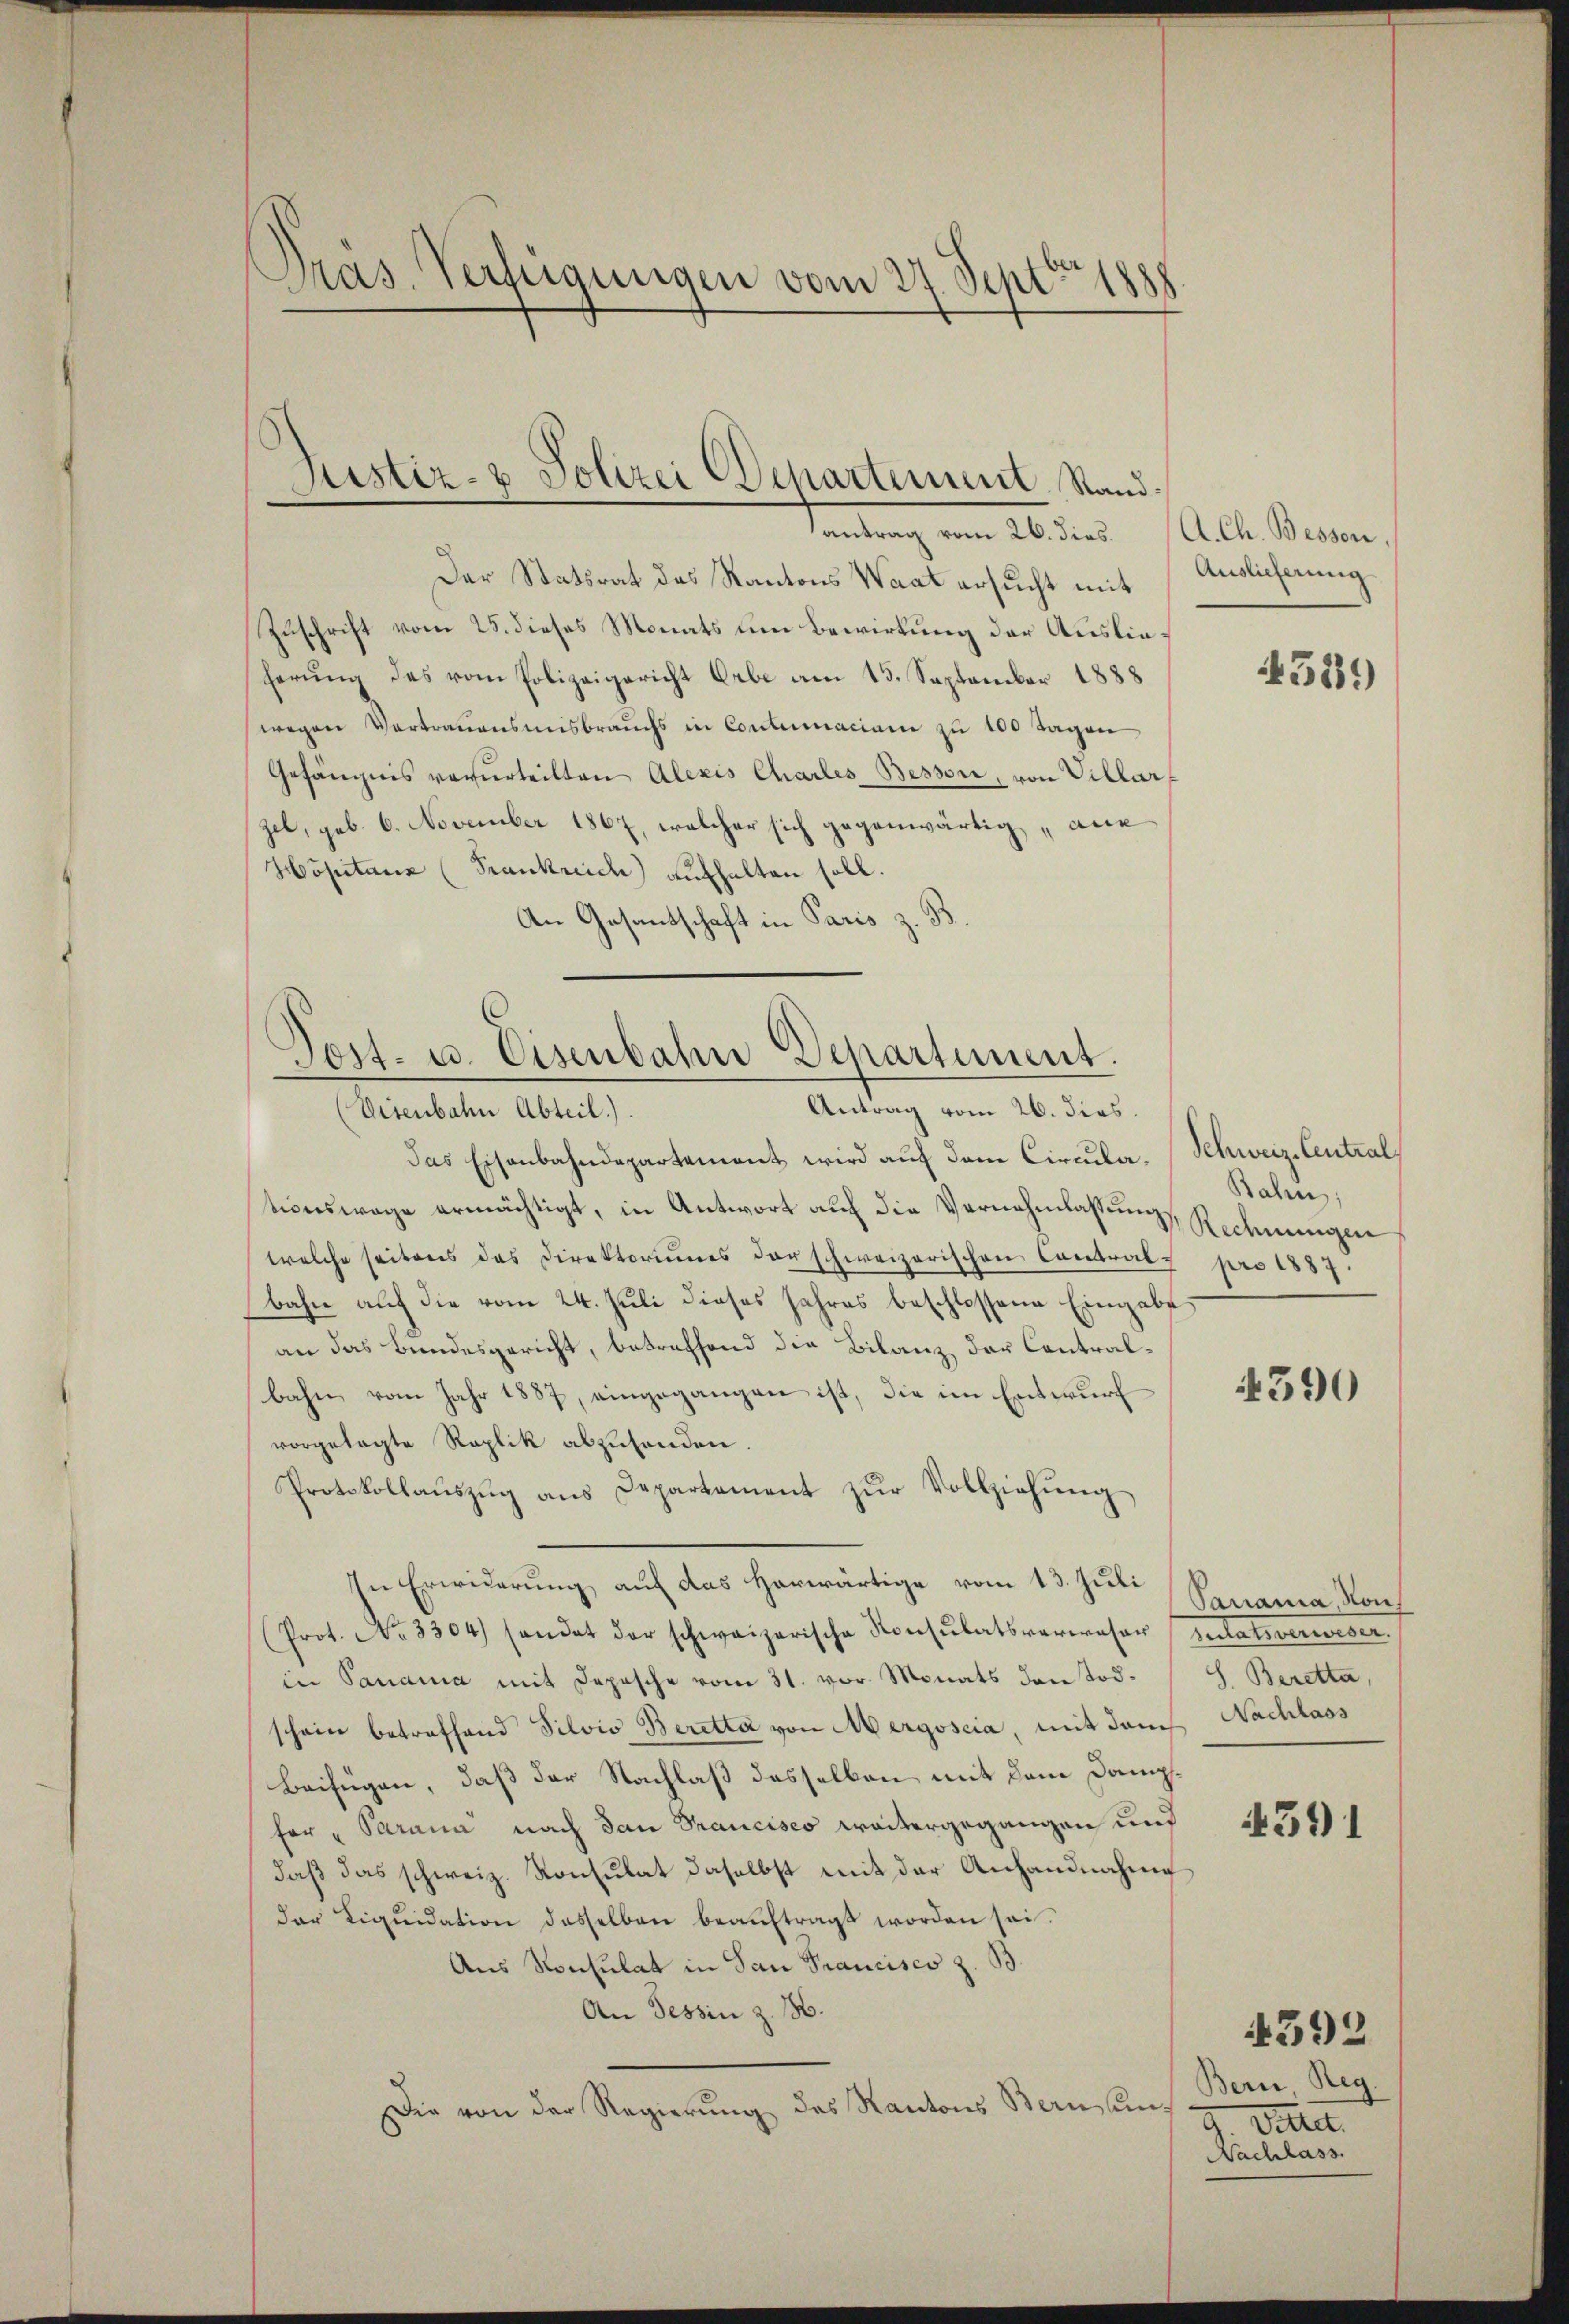
Pras. Verfügungen vom 27. Sept. 1888

tanderung vom 26sten Alter Bern,
Der Statsrat das Kantons Waat ersucht mit
Zuschrift vom 25. dieses Monats um Bewirkung der Auslieherŭng des vom Polizeigericht Erbe am 15. September 1888
wegen Vertrauensmisbrauchs in Contumaciam zu 100 Tagen
Gefängnis verurteilten Alexis Charles Bessen, von Villar
zet, geb. 6. November 1867, welcher sich gegenwärtig, aus
Höpitänz (Trankreich aufhalten soll.
An Gesantschaft in Paris z.
Antrag vom 26. dies.
Visenbahn Abteil.).
Das Eisenbahndepartement wird auf dem Circula. (Schweiz. Centraltionswage ermächtigt, in Antwort auf die Vernehmlassung Rechnungen
welche seitens das Direktoriums der schweizerischen Contrals pro 1887.
bahn auf die vom 24. Juli dieses Jahres beschlossene Eingabe
an das Bundesgericht, betreffend die Bilanz der Contralbahn vom Jahr 1887, eingegangen ist, die im Entwurf
vorgelegte Replik abzusenden.
Protokollaŭszŭg ans Departement zŭr Vollziehŭng
In Erwiderung auf das herwärtige vom 13. Juli
(Prot. No. 3304) sondet der schweizerische Konsulatsverweser Zulatsverweser
in Panama mit Depesche vom 31. vor. Monats den Todschon betreffend Silvio Beretta von Mergoscia, mit dem Nachlass
Beifügen, daß der Nachlaß desselben mit dem Dampfer Parama nach dan Francisco weitergegangen und
daß das schweiz. Konsulat daselbst mit der Anhandnahme
der Liquidation desselben beauftragt worden sei.
Aus Konsulat in San Francisco z. B.
An Tessin z. B.
Die von der Regierung des Kantons Bern um¬

Justiz- & Polizei Departement, Stand¬

Post- u. Eisenbahn Departiment.

Auslieferung

Rahn,

4390

Panania, von
S. Beretta,

591

4529

Bern Reg
d
Vette
Nachlass.

4392